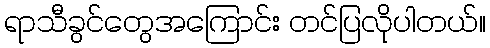
ရာသီခွင်တွေအကြောင်း တင်ပြလိုပါတယ်။